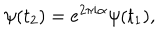
LaTeX: \psi ( t _ { 2 } ) = e ^ { 2 \pi i \alpha } \psi ( t _ { 1 } ) ,